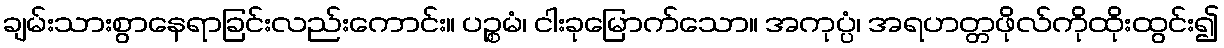
ချမ်းသားစွာနေရာခြင်းလည်းကောင်း။ ပဉ္စမံ၊ ငါးခုမြောက်သော။ အကုပ္ပံ၊ အရဟတ္တဖိုလ်ကိုထိုးထွင်း၍